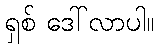
ရှစ် ဒေါ်လာပါ။